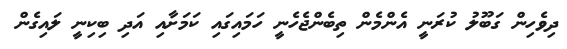
ދިވެހިން ގަބޫލު ކުރަނީ އެންމެން ތިބެންޖެހެނީ ހަމައިގައި ކަމަށާއި އަދި ބިކިނީ ލައިގެން